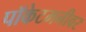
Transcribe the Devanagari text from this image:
पॉकेटमनीवर